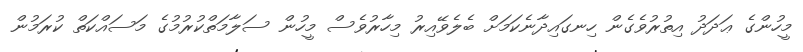
މީހުންގެ ޢަދަދު އިތުރުވެގެން ހިނގައިދާނެކަމަށް ބެލެވޭއިރު މިހާރުވެސް މީހުން ސަލާމަތްކުރުމުގެ މަސައްކަތް ކުރަމުން